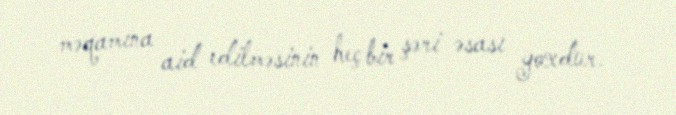
məqamına aid edilməsinin heç bir şəri əsası yoxdur.